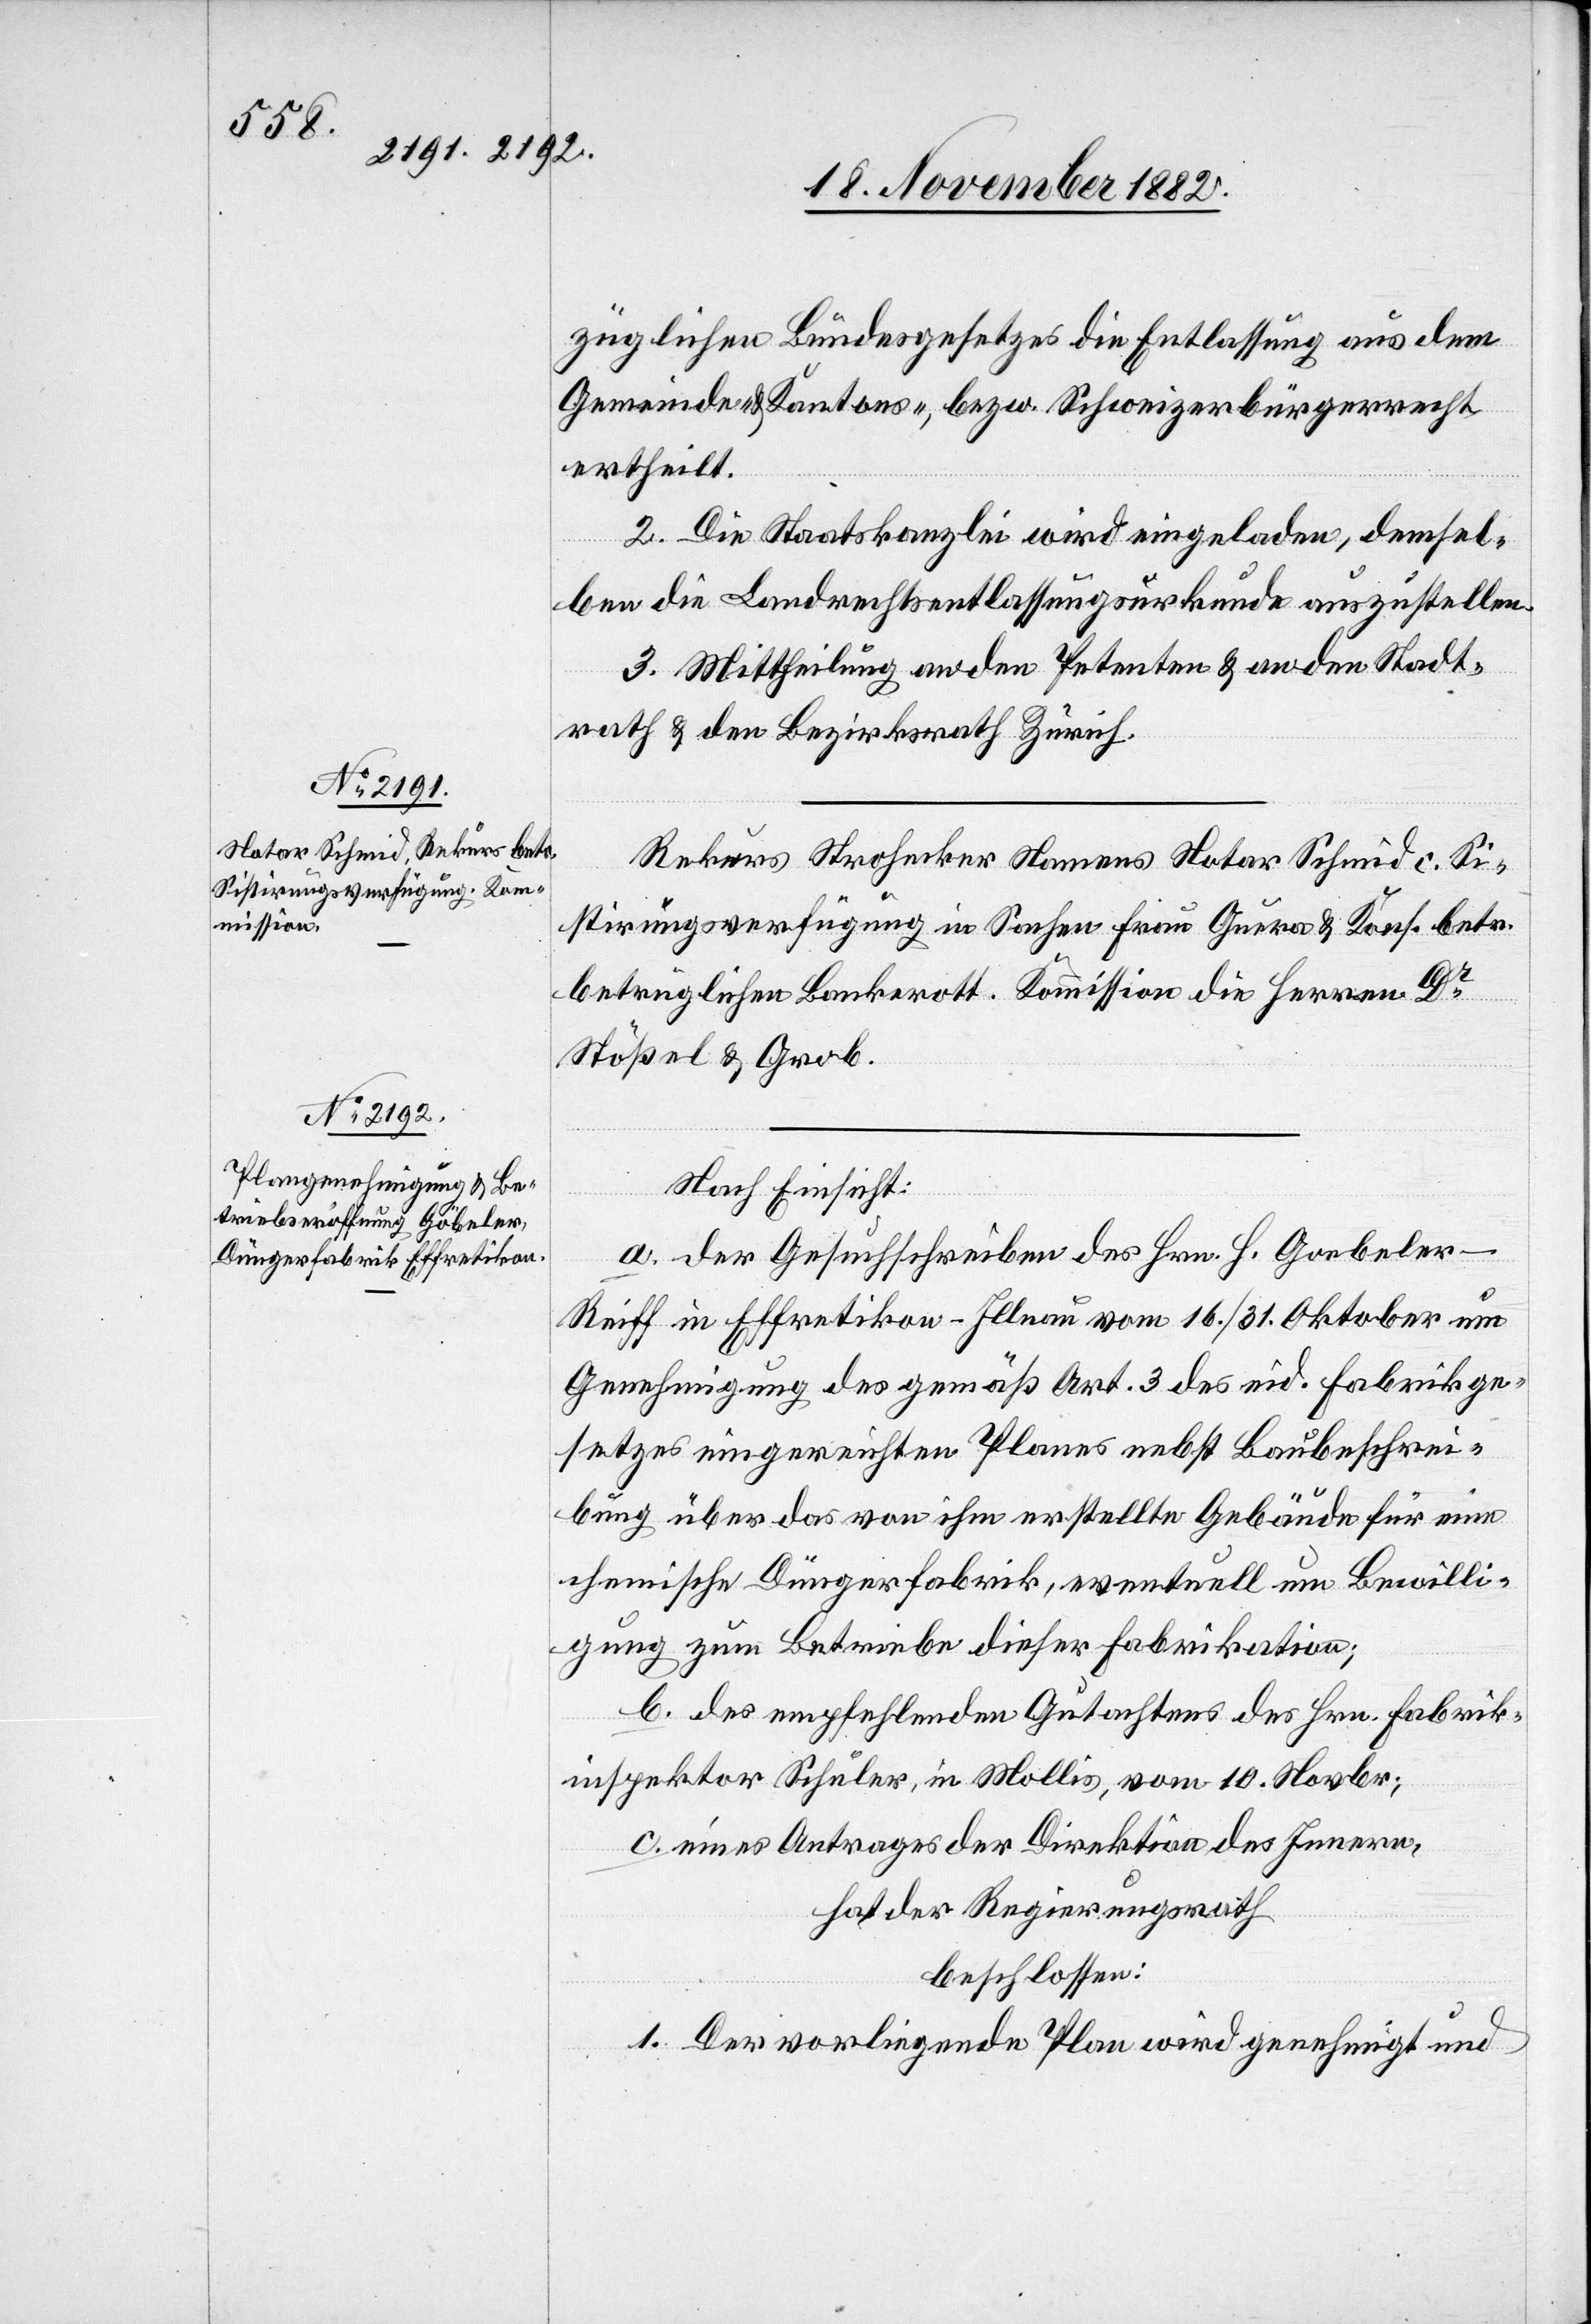
züglichen Bundesgesetzes die Entlassung aus dem
Gemeinde- & Kantons-, bezw. Schweizerbürgerrecht
ertheilt.
2. Die Staatskanzlei wird eingeladen, demsel¬
ben die Landrechtsentlassungsurkunde auszustellen.
3. Mittheilung an den Petenten & an den Stadt¬
rath & den Bezirksrath Zürich.
Rekurs Strohecker Namens Notar Schmid c. Si¬
stirungsverfügung in Sachen Frau Guera & Kons. betr.
betrüglichen Bankrott. Kommission[:] die Herren Dr
Stößel & Grob.
Nach Einsicht:
a. der Gesuchschreiben des Hrn. H. Goebeler-Reiff
[sic!] in Effretikon - Illnau vom 16./31. Oktober um
Genehmigung des Gemäß Art. 3 des eid. Fabrikge¬
setzes eingereichten Planes nebst Baubeschrei¬
bung über das von ihm erstellte Gebäude für eine
chemische Düngerfabrik, eventuell um Bewilli¬
gung zum Betriebe dieser Fabrikation;
b. des empfehlenden Gutachtens des Hrn. Fabrik¬
inspektor Schuler, in Mollis, vom 10. Novbr.;
c. eines Auftrages der Direktion des Innern,
hat der Regierungsrath
beschlossen:
1. Der vorliegende Plan wird genehmigt und